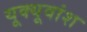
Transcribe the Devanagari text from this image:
यूक्यूवांश